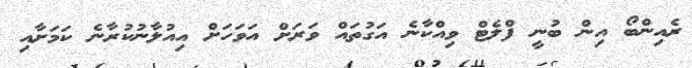
ރެއިންބޯ އިން ބުނީ ފްލެޓް ވިއްކާނެ އަގުތައް ވަރަށް އަވަހަށް އިއުލާނުކުރާނެ ކަމަށާއި